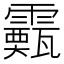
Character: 𩆙